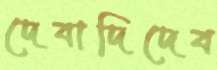
দেবাদিদেব